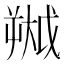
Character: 𫯷